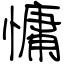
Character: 慵